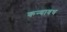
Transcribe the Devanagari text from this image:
कन्यावध